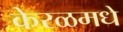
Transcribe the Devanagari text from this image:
केरळमधे